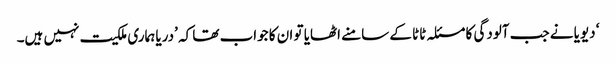
‘ دیویا نے جب آلودگی کا مسئلہ ٹاٹا کے سامنے اٹھایا تو ان کا جواب تھا کہ ’دریا ہماری ملکیت نہیں ہیں۔